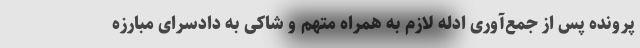
پرونده پس از جمع‌آوری ادله لازم به همراه متهم و شاکی به دادسرای مبارزه